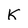
Character: k